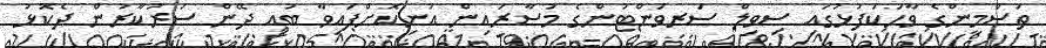
ތަސްމީންގެ ވާހަކަފުޅުގައި ސިވިލް ސަރވަންޓުންގެ މުސާރައިން އުނިކޮށްފައިވާ ބައި ދޭން ސަރުކާރުން ދެކޮޅު